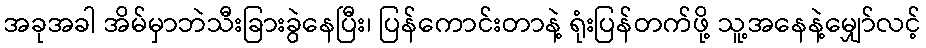
အခုအခါ အိမ်မှာဘဲသီးခြားခွဲနေပြီး၊ ပြန်ကောင်းတာနဲ့ ရုံးပြန်တက်ဖို့ သူ့အနေနဲ့မျှော်လင့်